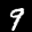
Label: 9